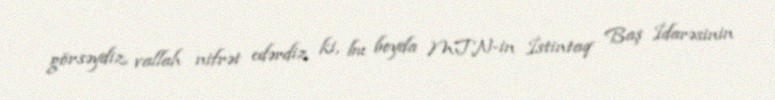
görsəydiz, vallah nifrət edərdiz ki, bu boyda MTN-in İstintaq Baş İdarəsinin